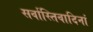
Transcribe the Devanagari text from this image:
सर्वास्तिवादिनां